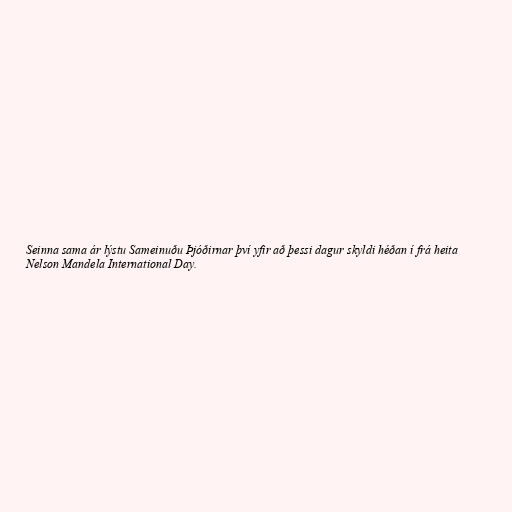
Seinna sama ár lýstu Sameinuðu Þjóðirnar því yfir að þessi dagur skyldi héðan í frá heita
Nelson Mandela International Day.